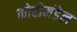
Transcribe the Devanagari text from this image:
कोरोमंडेल